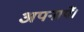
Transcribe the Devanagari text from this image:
अपनायें।